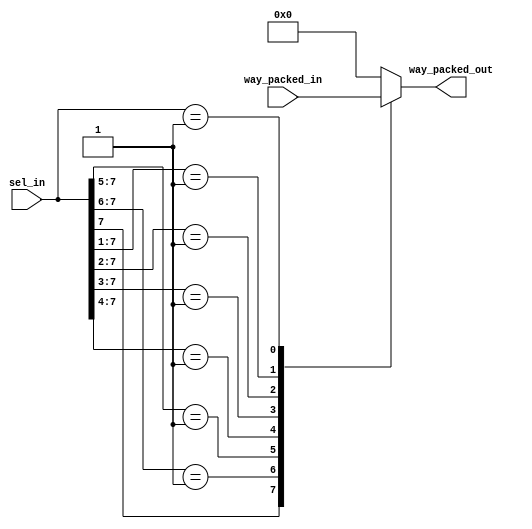
`define encoder_case(count) { {(NUMBER_WAYS - (count) - 1){1'b0}}, {{1'b1}}, {(count){1'bx}} } : way_packed_out <= data_to_mux[count]

module mux_decoded_8
#(
	 parameter NUMBER_WAYS = 8,
	 parameter SINGLE_ELEMENT_SIZE_IN_BITS = 4
)
(
	input      [SINGLE_ELEMENT_SIZE_IN_BITS * NUMBER_WAYS - 1 : 0] way_packed_in,
	input      [NUMBER_WAYS                               - 1 : 0] sel_in,
	output reg [SINGLE_ELEMENT_SIZE_IN_BITS               - 1 : 0] way_packed_out
);

wire [SINGLE_ELEMENT_SIZE_IN_BITS - 1 : 0] data_to_mux [NUMBER_WAYS - 1 : 0];

generate
    genvar gen;

    for(gen = 0; gen < NUMBER_WAYS; gen = gen + 1)
    begin
    	assign data_to_mux[gen] = way_packed_in[(gen+1) * SINGLE_ELEMENT_SIZE_IN_BITS - 1 : gen * SINGLE_ELEMENT_SIZE_IN_BITS];
    end

endgenerate

integer i;
always@*
begin
	casex(sel_in) 

        `encoder_case(7);
	`encoder_case(6);
	`encoder_case(5);
	`encoder_case(4);
	`encoder_case(3);
	`encoder_case(2);
	`encoder_case(1);
	`encoder_case(0);
	
	default:
	way_packed_out <= {(SINGLE_ELEMENT_SIZE_IN_BITS){1'b0}};
	endcase
end

endmodule